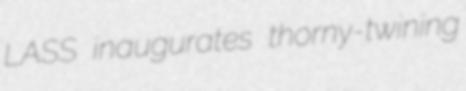
LASS inaugurates thorny-twining